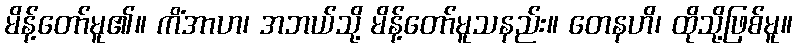
မိန့်တော်မူ၏။ ကိံအာဟ၊ အဘယ်သို့ မိန့်တော်မူသနည်း။ တေနဟိ၊ ထိုသို့ဖြစ်မူ။